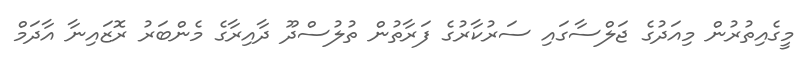
މީގެއިތުރުން މިއަދުގެ ޖަލްސާގައި ސަރުކާރުގެ ފަރާތުން ތުލުސްދޫ ދާއިރާގެ މެންބަރު ރޮޒައިނާ އާދަމް